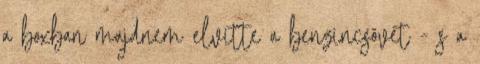
a boxban majdnem elvitte a benzincsövét - s a